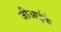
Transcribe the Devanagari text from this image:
जीआईके